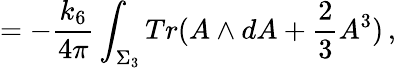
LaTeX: =-\frac{k_{6}}{4\pi}\int_{\Sigma_{3}}Tr(A\wedge dA+\frac{2}{3}A^{3})\, ,